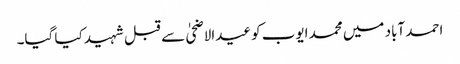
احمد آباد میں محمد ایوب کو عیدالاضحیٰ سے قبل شہید کیا گیا۔